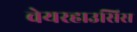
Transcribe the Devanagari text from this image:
वेयरहाउसिस